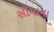
સીમાના